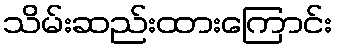
သိမ်းဆည်းထားကြောင်း